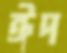
ঈদ